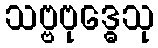
သဗ္ဗဗုဒ္ဓေသု